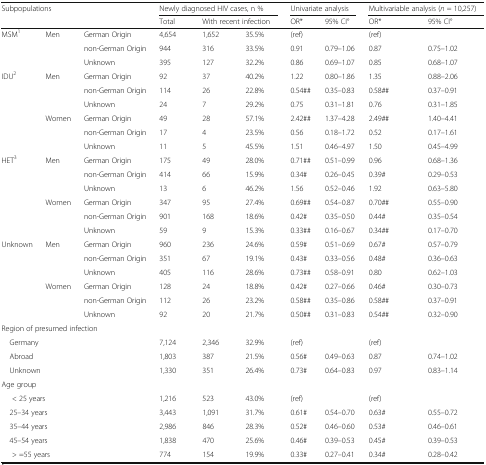
<table><thead><tr><td rowspan="2" colspan="3"><b>Subpopulations</b></td><td colspan="3"><b>Newly diagnosed HIV cases, n %</b></td><td colspan="2"><b>Univariate analysis</b></td><td colspan="2"><b>Multivariable analysis (<i>n</i> = 10,257)</b></td></tr><tr><td><b>Total</b></td><td colspan="2"><b>With recent infection</b></td><td><b>OR*</b></td><td><b>95% CI°</b></td><td><b>OR*</b></td><td><b>95% CI°</b></td></tr></thead><tbody><tr><td rowspan="3">MSM<sup>1</sup></td><td rowspan="3">Men</td><td>German Origin</td><td>4,654</td><td>1,652</td><td>35.5%</td><td>(ref)</td><td></td><td>(ref)</td><td></td></tr><tr><td>non-German Origin</td><td>944</td><td>316</td><td>33.5%</td><td>0.91</td><td>0.79–1.06</td><td>0.87</td><td>0.75–1.02</td></tr><tr><td>Unknown</td><td>395</td><td>127</td><td>32.2%</td><td>0.86</td><td>0.69–1.07</td><td>0.85</td><td>0.68–1.07</td></tr><tr><td rowspan="6">IDU<sup>2</sup></td><td rowspan="3">Men</td><td>German Origin</td><td>92</td><td>37</td><td>40.2%</td><td>1.22</td><td>0.80–1.86</td><td>1.35</td><td>0.88–2.06</td></tr><tr><td>non-German Origin</td><td>114</td><td>26</td><td>22.8%</td><td>0.54##</td><td>0.35–0.83</td><td>0.58##</td><td>0.37–0.91</td></tr><tr><td>Unknown</td><td>24</td><td>7</td><td>29.2%</td><td>0.75</td><td>0.31–1.81</td><td>0.76</td><td>0.31–1.85</td></tr><tr><td rowspan="3">Women</td><td>German Origin</td><td>49</td><td>28</td><td>57.1%</td><td>2.42##</td><td>1.37–4.28</td><td>2.49##</td><td>1.40–4.41</td></tr><tr><td>non-German Origin</td><td>17</td><td>4</td><td>23.5%</td><td>0.56</td><td>0.18–1.72</td><td>0.52</td><td>0.17–1.61</td></tr><tr><td>Unknown</td><td>11</td><td>5</td><td>45.5%</td><td>1.51</td><td>0.46–4.97</td><td>1.50</td><td>0.45–4.99</td></tr><tr><td rowspan="6">HET<sup>3</sup></td><td rowspan="3">Men</td><td>German Origin</td><td>175</td><td>49</td><td>28.0%</td><td>0.71##</td><td>0.51–0.99</td><td>0.96</td><td>0.68–1.36</td></tr><tr><td>non-German Origin</td><td>414</td><td>66</td><td>15.9%</td><td>0.34#</td><td>0.26–0.45</td><td>0.39#</td><td>0.29–0.53</td></tr><tr><td>Unknown</td><td>13</td><td>6</td><td>46.2%</td><td>1.56</td><td>0.52–0.46</td><td>1.92</td><td>0.63–5.80</td></tr><tr><td rowspan="3">Women</td><td>German Origin</td><td>347</td><td>95</td><td>27.4%</td><td>0.69##</td><td>0.54–0.87</td><td>0.70##</td><td>0.55–0.90</td></tr><tr><td>non-German Origin</td><td>901</td><td>168</td><td>18.6%</td><td>0.42#</td><td>0.35–0.50</td><td>0.44#</td><td>0.35–0.54</td></tr><tr><td>Unknown</td><td>59</td><td>9</td><td>15.3%</td><td>0.33##</td><td>0.16–0.67</td><td>0.34##</td><td>0.17–0.70</td></tr><tr><td rowspan="6">Unknown</td><td rowspan="3">Men</td><td>German Origin</td><td>960</td><td>236</td><td>24.6%</td><td>0.59#</td><td>0.51–0.69</td><td>0.67#</td><td>0.57–0.79</td></tr><tr><td>non-German Origin</td><td>351</td><td>67</td><td>19.1%</td><td>0.43#</td><td>0.33–0.56</td><td>0.48#</td><td>0.36–0.63</td></tr><tr><td>Unknown</td><td>405</td><td>116</td><td>28.6%</td><td>0.73##</td><td>0.58–0.91</td><td>0.80</td><td>0.62–1.03</td></tr><tr><td rowspan="3">Women</td><td>German Origin</td><td>128</td><td>24</td><td>18.8%</td><td>0.42#</td><td>0.27–0.66</td><td>0.46#</td><td>0.30–0.73</td></tr><tr><td>non-German Origin</td><td>112</td><td>26</td><td>23.2%</td><td>0.58##</td><td>0.35–0.86</td><td>0.58##</td><td>0.37–0.91</td></tr><tr><td>Unknown</td><td>92</td><td>20</td><td>21.7%</td><td>0.50##</td><td>0.31–0.83</td><td>0.54##</td><td>0.32–0.90</td></tr><tr><td colspan="10">Region of presumed infection</td></tr><tr><td colspan="3"> Germany</td><td>7,124</td><td>2,346</td><td>32.9%</td><td>(ref)</td><td></td><td>(ref)</td><td></td></tr><tr><td colspan="3"> Abroad</td><td>1,803</td><td>387</td><td>21.5%</td><td>0.56#</td><td>0.49–0.63</td><td>0.87</td><td>0.74–1.02</td></tr><tr><td colspan="3"> Unknown</td><td>1,330</td><td>351</td><td>26.4%</td><td>0.73#</td><td>0.64–0.83</td><td>0.97</td><td>0.83–1.14</td></tr><tr><td colspan="10">Age group</td></tr><tr><td colspan="3">&lt; 25 years</td><td>1,216</td><td>523</td><td>43.0%</td><td>(ref)</td><td></td><td>(ref)</td><td></td></tr><tr><td colspan="3"> 25–34 years</td><td>3,443</td><td>1,091</td><td>31.7%</td><td>0.61#</td><td>0.54–0.70</td><td>0.63#</td><td>0.55–0.72</td></tr><tr><td colspan="3"> 35–44 years</td><td>2,986</td><td>846</td><td>28.3%</td><td>0.52#</td><td>0.46–0.60</td><td>0.53#</td><td>0.46–0.61</td></tr><tr><td colspan="3"> 45–54 years</td><td>1,838</td><td>470</td><td>25.6%</td><td>0.46#</td><td>0.39–0.53</td><td>0.45#</td><td>0.39–0.53</td></tr><tr><td colspan="3">&gt; =55 years</td><td>774</td><td>154</td><td>19.9%</td><td>0.33#</td><td>0.27–0.41</td><td>0.34#</td><td>0.28–0.42</td></tr></tbody></table>